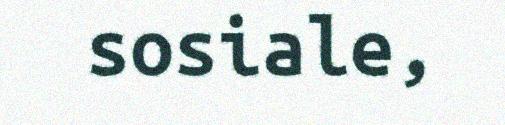
sosiale,